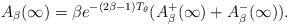
LaTeX: \begin{align*}A_\beta(\infty) = \beta e^{-(2\beta-1)T_\theta}(A_\beta^+(\infty)+ A_\beta^-(\infty)).\end{align*}